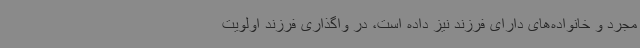
مجرد و خانواده‌های دارای فرزند نیز داده است، در واگذاری فرزند اولویت